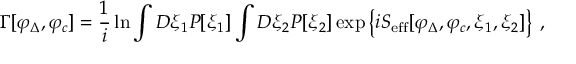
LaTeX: \Gamma [ \varphi _ { \Delta } , \varphi _ { c } ] = \frac { 1 } { i } \ln \int D \xi _ { 1 } P [ \xi _ { 1 } ] \int D \xi _ { 2 } P [ \xi _ { 2 } ] \exp \left\{ i S _ { \mathrm { e f f } } [ \varphi _ { \Delta } , \varphi _ { c } , \xi _ { 1 } , \xi _ { 2 } ] \right\} \: ,